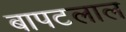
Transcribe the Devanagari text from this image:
बापटलाल